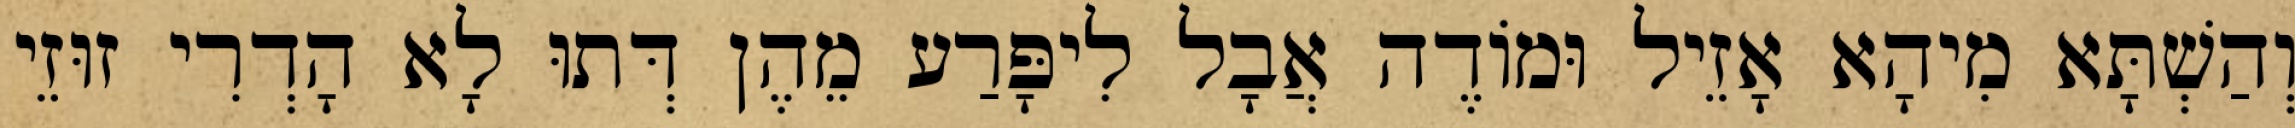
וְהַשְׁתָּא מִיהָא אָזֵיל וּמוֹדֶה אֲבָל לִיפָּרַע מֵהֶן דְּתוּ לָא הָדְרִי זוּזֵי